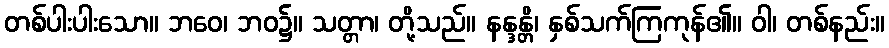
တစ်ပါးပါးသော။ ဘဝေ၊ ဘဝ၌။ သတ္တာ၊ တို့သည်။ နန္ဒန္တိ၊ နှစ်သက်ကြကုန်၏။ ဝါ၊ တစ်နည်း။